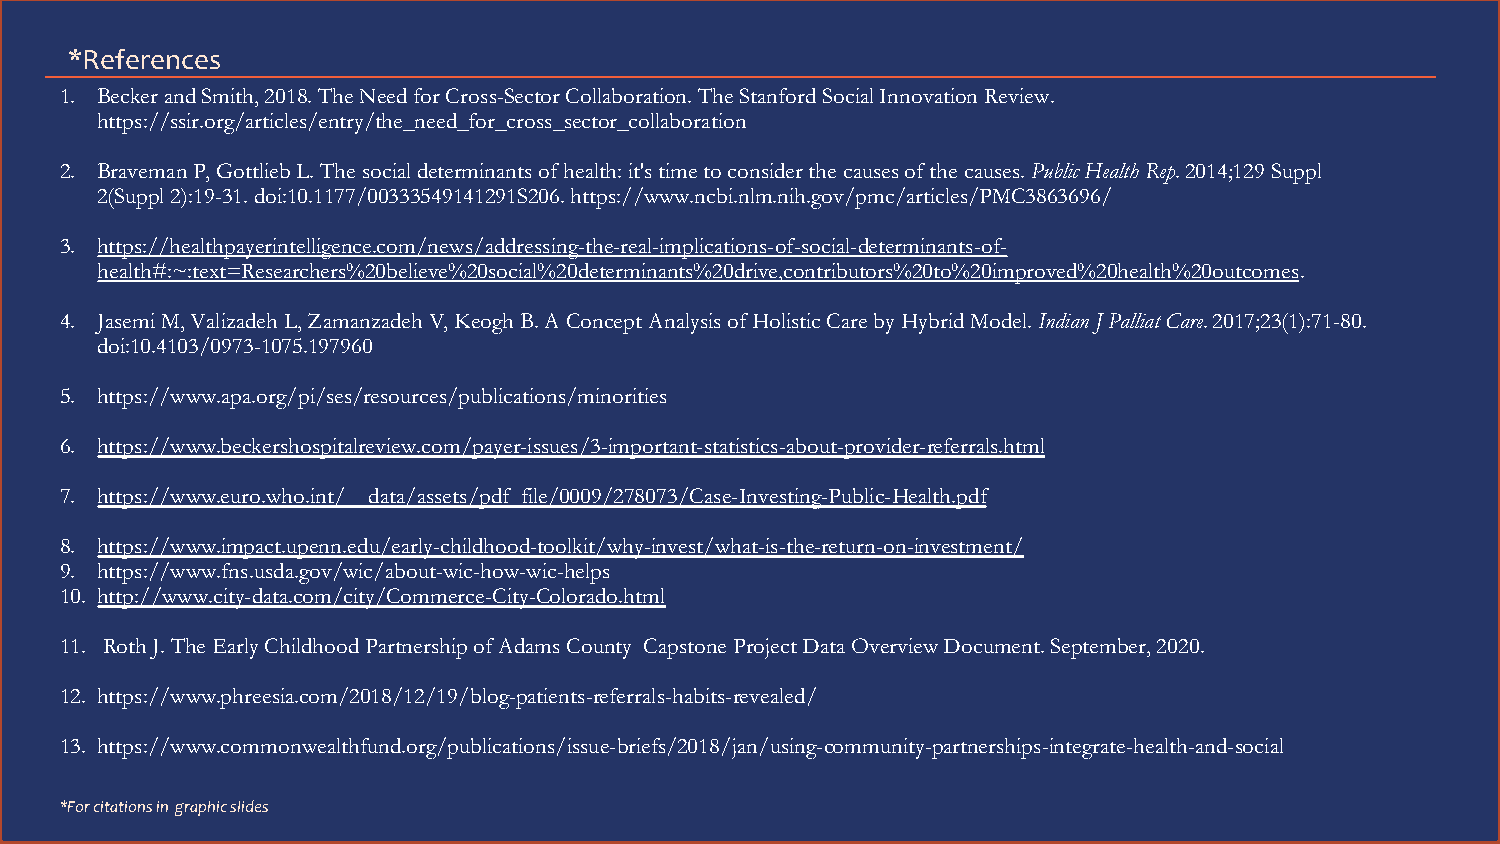
21
 *References
 1. Becker and Smith, 2018. The Need for Cross-Sector Collaboration. The Stanford Social Innovation Review.
 https://ssir.org/articles/entry/the_need_for_cross_sector_collaboration
 2. BravemanP, Gottlieb L. The social determinants of health: it's time to consider the causes of the causes.Public Health Rep. 2014;129 Suppl
 2(Suppl 2):19-31. doi:10.1177/00333549141291S206. https://www.ncbi.nlm.nih.gov/pmc/articles/PMC3863696/
 3. https://healthpayerintelligence.com/news/addressing-the-real-implications-of-social-determinants-of-
 health#:~:text=Researchers%20believe%20social%20determinants%20drive,contributors%20to%20improved%20health%20outcomes.
 4. JasemiM, ValizadehL, ZamanzadehV, Keogh B. A Concept Analysis of Holistic Care by Hybrid Model.Indian J PalliatCare. 2017;23(1):71-80.
 doi:10.4103/0973-1075.197960
 5. https://www.apa.org/pi/ses/resources/publications/minorities
 6. https://www.beckershospitalreview.com/payer-issues/3-important-statistics-about-provider-referrals.html
 7. https://www.euro.who.int/__data/assets/pdf_file/0009/278073/Case-Investing-Public-Health.pdf
 8. https://www.impact.upenn.edu/early-childhood-toolkit/why-invest/what-is-the-return-on-investment/
 9. https://www.fns.usda.gov/wic/about-wic-how-wic-helps
 10. http://www.city-data.com/city/Commerce-City-Colorado.html
 11. Roth J. The Early Childhood Partnership of Adams County Capstone Project Data Overview Document. September, 2020.
 12. https://www.phreesia.com/2018/12/19/blog-patients-referrals-habits-revealed/
 13. https://www.commonwealthfund.org/publications/issue-briefs/2018/jan/using-community-partnerships-integrate-health-and-social
 *For citations in graphic slides